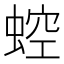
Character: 𧌆